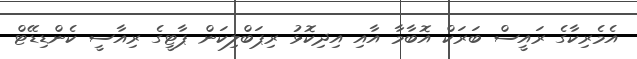
އެމެރިކާގެ ރައީސް ބަރަކް އޮބާމާ އާއި އިދިކޮޅު ރިޕަބްލިކަން ޕާޓީގެ ރިއާސީ ކެންޑިޑޭޓް